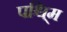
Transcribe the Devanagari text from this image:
पश्चि्म